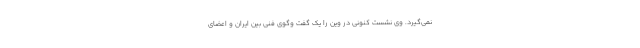
نمی‌گیرد. وی نشست کنونی در وین را یک گفت وگوی فنی بین ایران و اعضای